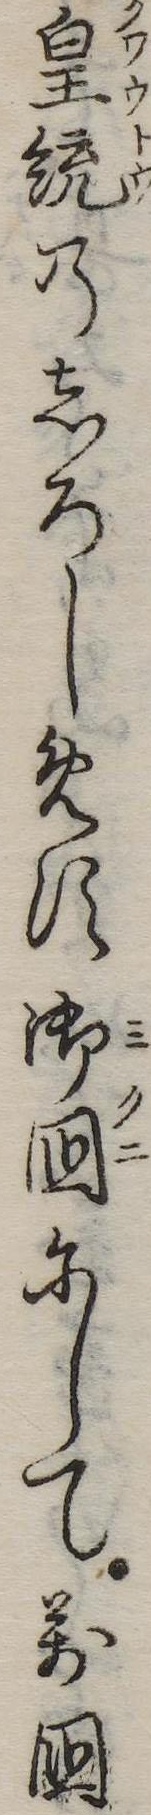
皇統のしろしめす御国にして万国